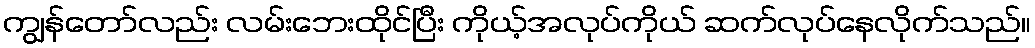
ကျွန်တော်လည်း လမ်းဘေးထိုင်ပြီး ကိုယ့်အလုပ်ကိုယ် ဆက်လုပ်နေလိုက်သည်။